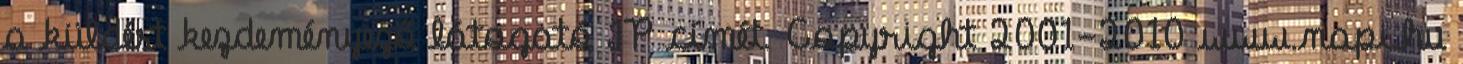
a küldést kezdeményező látogató IP címét. Copyright 2001-2010 www.napi.hu